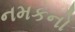
નમકનો